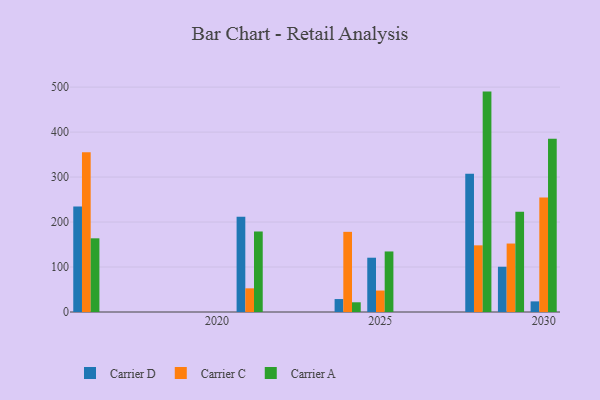
{"axis": {"x": "Year", "y": "Page Views"}, "legend": ["Carrier A", "Carrier C", "Carrier D"], "data": [{"x": "2028", "y": 307.4, "type": "Carrier D"}, {"x": "2028", "y": 148.2, "type": "Carrier C"}, {"x": "2028", "y": 490.0, "type": "Carrier A"}, {"x": "2021", "y": 211.5, "type": "Carrier D"}, {"x": "2021", "y": 52.6, "type": "Carrier C"}, {"x": "2021", "y": 179.0, "type": "Carrier A"}, {"x": "2016", "y": 234.6, "type": "Carrier D"}, {"x": "2016", "y": 355.1, "type": "Carrier C"}, {"x": "2016", "y": 163.8, "type": "Carrier A"}, {"x": "2025", "y": 120.7, "type": "Carrier D"}, {"x": "2025", "y": 47.7, "type": "Carrier C"}, {"x": "2025", "y": 134.6, "type": "Carrier A"}, {"x": "2029", "y": 100.6, "type": "Carrier D"}, {"x": "2029", "y": 152.2, "type": "Carrier C"}, {"x": "2029", "y": 223.1, "type": "Carrier A"}, {"x": "2024", "y": 28.8, "type": "Carrier D"}, {"x": "2024", "y": 178.2, "type": "Carrier C"}, {"x": "2024", "y": 21.6, "type": "Carrier A"}, {"x": "2030", "y": 23.6, "type": "Carrier D"}, {"x": "2030", "y": 254.8, "type": "Carrier C"}, {"x": "2030", "y": 385.3, "type": "Carrier A"}]}